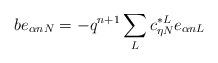
LaTeX: \begin{align*}b e_{\alpha nN}=- q^{n+1}\sum_{L}c_{\eta N}^{*L} e_{\alpha nL}\end{align*}